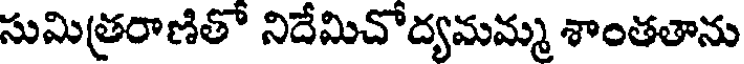
సుమిత్రరాణితో నిదేమిచోద్యమమ్మ శాంతతాను